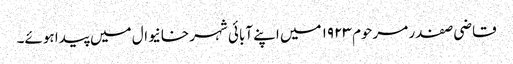
قاضی صفدر مرحوم ۱۹۲۳ میں اپنے آبائی شہر خانیوال میں پیدا ہوئے۔